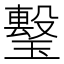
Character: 𤩯